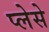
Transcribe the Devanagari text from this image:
प्लेसे